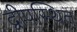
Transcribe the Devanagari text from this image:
द्वीपस्थित